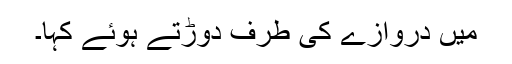
میں دروازے کی طرف دوڑتے ہوئے کہا۔